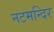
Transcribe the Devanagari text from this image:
नटमन्दिर